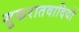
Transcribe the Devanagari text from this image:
सुकरातवादियों